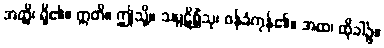
အတ္ထိ၊ ရှိ၏။ ဣတိ။ ဤသို့။ သမ္ပဋိစ္ဆိံသု၊ ဝန်ခံကုန်၏။ အထ၊ ထိုခါ၌။